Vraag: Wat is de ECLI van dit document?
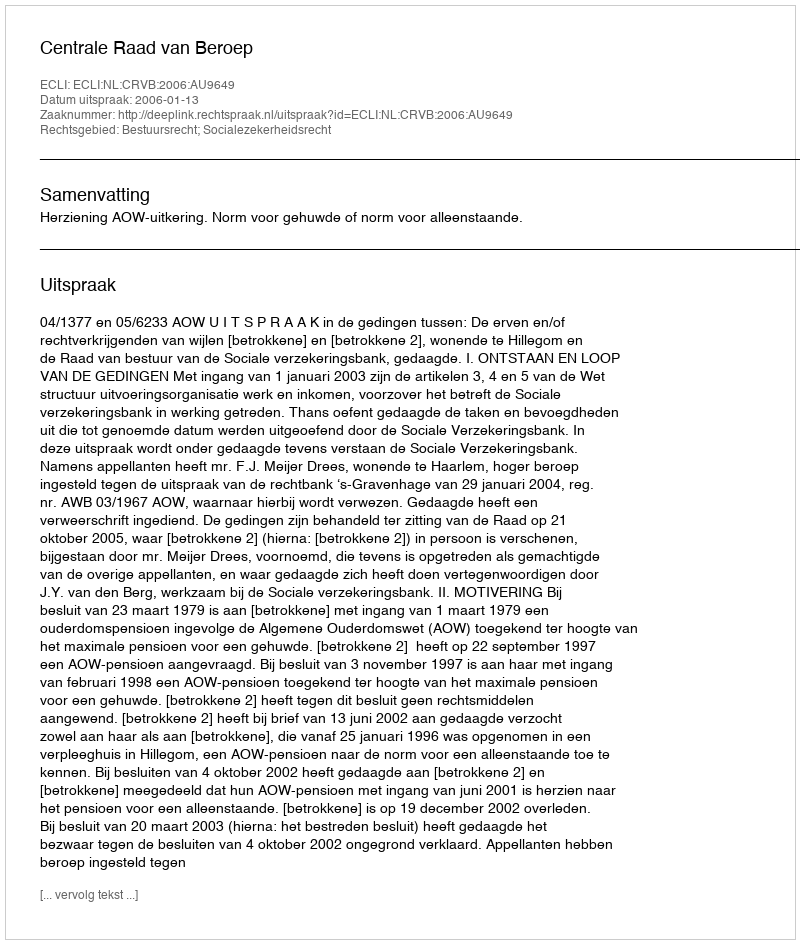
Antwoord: ECLI:NL:CRVB:2006:AU9649